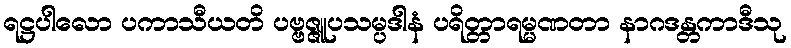
ရဋ္ဌပါလော ပကာသီယတိ ပဗ္ဗဇ္ဇူပသမ္ပဒါနံ ပရိတ္တာရမ္မဏတာ နာဂဒန္တကာဒီသု